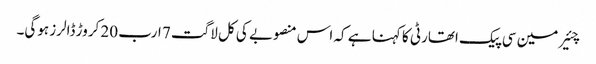
چئیرمین سی پیک اتھارٹی کا کہنا ہے کہ اس منصوبے کی کل لاگت 7 ارب 20 کروڑ ڈالرز ہوگی۔